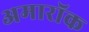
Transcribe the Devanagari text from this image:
अमारॉक